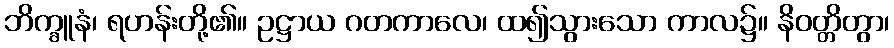
ဘိက္ခူနံ၊ ရဟန်းတို့၏။ ဥဋ္ဌာယ ဂတကာလေ၊ ထ၍သွားသော ကာလ၌။ နိဝတ္တိတွာ၊